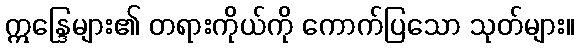
ဣန္ဒြေများ၏ တရားကိုယ်ကို ကောက်ပြသော သုတ်များ။